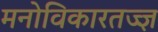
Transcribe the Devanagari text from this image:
मनोविकारतज्‍ज्ञ